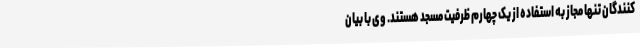
کنندگان تنها مجاز به استفاده از یک چهارم ظرفیت مسجد هستند. وی با بیان